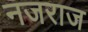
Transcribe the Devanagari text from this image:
नजराज